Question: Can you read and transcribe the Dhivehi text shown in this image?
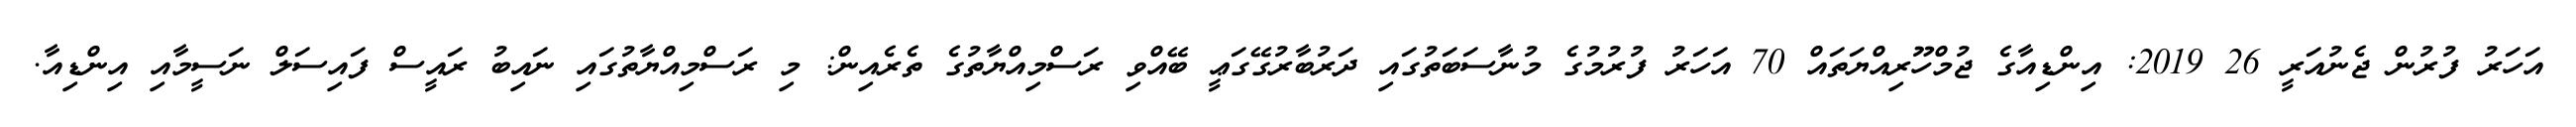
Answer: އަހަރު ފުރުން ޖެނުއަރީ 26 2019: އިންޑިއާގެ ޖުމްހޫރިއްޔަތައް 70 އަހަރު ފުރުމުގެ މުނާސަބަތުގައި ދަރުބާރުގޭގަޢީ ބޭއްވި ރަސްމިއްޔާތުގެ ތެރެއިން: މި ރަސްމިއްޔާތުގައި ނައިބު ރައީސް ފައިސަލް ނަސީމާއި އިންޑިއާ.